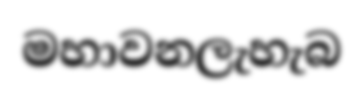
මහාවනලැහැබ